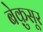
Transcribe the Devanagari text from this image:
बेक़ुसूर